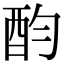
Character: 𨟴